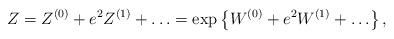
LaTeX: \begin{align*} Z=Z^{(0)}+ e^2 Z^{(1)}+\ldots=\exp\left\{W^{(0)}+ e^2 W^{(1)}+\ldots \right\},\end{align*}